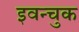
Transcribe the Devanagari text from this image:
इवन्चुक